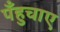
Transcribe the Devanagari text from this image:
पँहुचाए